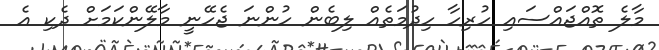
މާލެ ތޮއްޖައްސައި ހުރިހާ ހިދުމަތެއް ލިބެން ހުންނަ ޖެހޭނީ މާލޭންކަމަށް ދެކި އެ